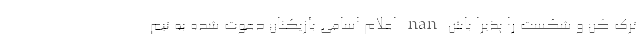
ترک کن و شکست را پذیرا باش nan اعلام اسامی بازیکنان دعوت شده به تیم